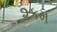
૨કમ